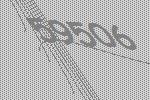
59506